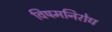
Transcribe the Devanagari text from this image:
विषमनिरोध